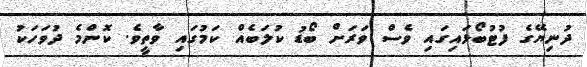
ދުނިޔޭގެ ފުޓުބޯޅައިގައި ވެސް ވަރަށް ބޯޑު ކުލަބެއް ކަމުގައި ވާތީވެ. ކޮންމެ ދުވަހަކު